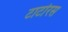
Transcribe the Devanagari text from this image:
टार्टारस